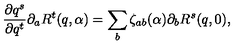
\frac { \partial q ^ { s } } { \partial q ^ { t } } \partial _ { a } R ^ { t } ( q , \alpha ) = \sum _ { b } \zeta _ { a b } ( \alpha ) \partial _ { b } R ^ { s } ( q , 0 ) ,